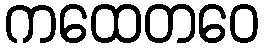
ကထေတဝေ